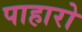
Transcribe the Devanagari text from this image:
पाहारो